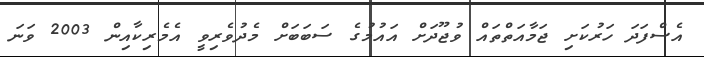
އެސްފަދަ ހަރުކަށި ޖަމާއަތްތައް ވުޖޫދަށް އައުމުގެ ސަބަބަށް މެދުވެރިވީ އެމެރިކާއިން 2003 ވަނަ